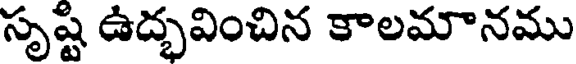
సృష్టి ఉద్భవించిన కాలమానము